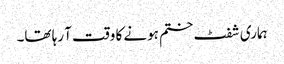
ہماری شفٹ ختم ہونے کا وقت آ رہا تھا۔